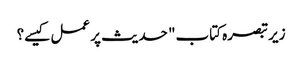
زیر تبصرہ کتاب" حدیث پر عمل کیسے؟